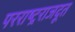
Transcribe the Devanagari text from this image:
परराष्ट्रराजदूत